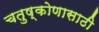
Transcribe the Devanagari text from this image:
चतुष्कोणासाठी